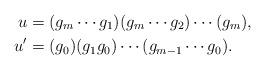
LaTeX: \begin{align*}u &= (g_m\cdots g_1)(g_m\cdots g_2)\cdots (g_m),\\u' &= (g_0)(g_1g_0)\cdots (g_{m-1}\cdots g_0).\end{align*}